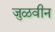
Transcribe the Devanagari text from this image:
जुळवीन